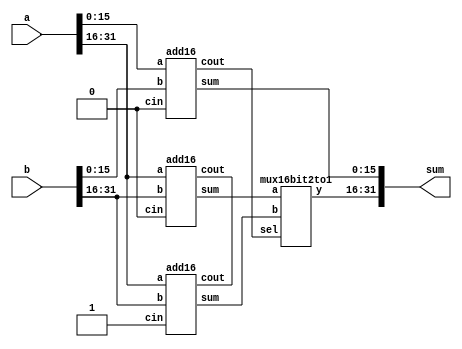
module top_module(
    input [31:0] a,
    input [31:0] b,
    output [31:0] sum
);

wire c1;
wire [31:16] s1, s2;

add16 a1( .a(a[15:0]), .b(b[15:0]), .cin(1'b0), .sum(sum[15:0]), .cout(c1) );
add16 a2( .a(a[31:16]), .b(b[31:16]), .cin(1'b0), .sum(s1), .cout() );
add16 a3( .a(a[31:16]), .b(b[31:16]), .cin(1'b1), .sum(s2), .cout() );
mux16bit2to1 m1( .sel(c1), .a(s1), .b(s2), .y(sum[31:16]) );


endmodule

module add1 ( 
    input a, input b, 
    input cin,   
    output sum, 
    output cout 
    );
assign sum = a ^ b ^ cin;
assign cout = ((a ^ b) & cin) | (a & b);

// Full adder module here

endmodule


module add16 (
    input [15:0] a,
    input [15:0] b,
    input cin,
    output [15:0] sum,
    output cout
);
wire [14:0] c;
genvar i;
generate
    for (i = 0; i < 16; i = i + 1) begin : adders
        if (i == 0)
            add1 adders(
            .a(a[i]),
            .b(b[i]),
            .cin(cin),
            .sum(sum[i]),
            .cout(c[i])
            );
        else if (i == 15)
            add1 adders(
            .a(a[i]),
            .b(b[i]),
            .cin(c[i-1]),
            .sum(sum[i]),
            .cout(cout)
            );
        else
            add1 adders(
            .a(a[i]),
            .b(b[i]),
            .cin(c[i-1]),
            .sum(sum[i]),
            .cout(c[i])
            );
    end
endgenerate
endmodule

module mux16bit2to1 (
    input sel,
    input [15:0] a,
    input [15:0] b,
    output reg [15:0] y
    );
always @ (*) begin
    if (sel == 1'b0)
        y = a;
    else
        y = b;
end

endmodule